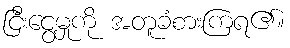
ငြီးငွေ့မှုကို အတူခံစားကြရ၏။